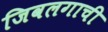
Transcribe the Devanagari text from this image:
जिवलगाची